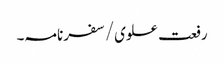
رفعت علوی/سفرنامہ۔